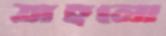
তাহলো